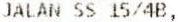
JALAN SS 15/4B,